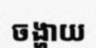
ចង្ហាយ